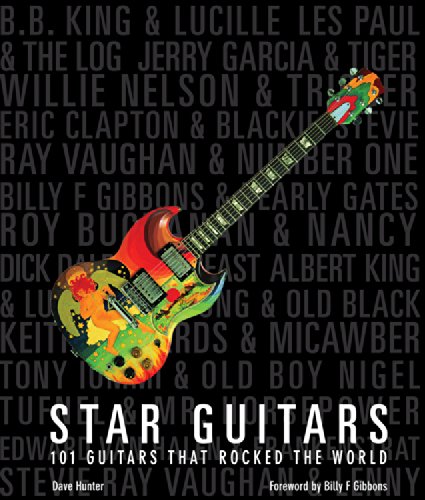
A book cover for Star Guitars: 101 Guitars That Rocked the World; Dave Hunter; Arts & Photography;